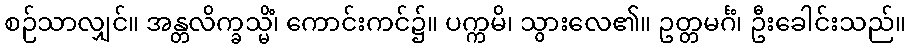
စဉ်သာလျှင်။ အန္တလိက္ခသ္မိံ၊ ကောင်းကင်၌။ ပက္ကမိ၊ သွားလေ၏။ ဥတ္တမင်္ဂံ၊ ဦးခေါင်းသည်။